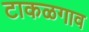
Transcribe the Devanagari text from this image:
टाकळगाव